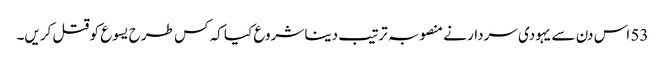
53 اس دن سے یہودی سردار نے منصوبہ ترتیب دینا شروع کیا کہ کس طرح یسوع کو قتل کریں۔